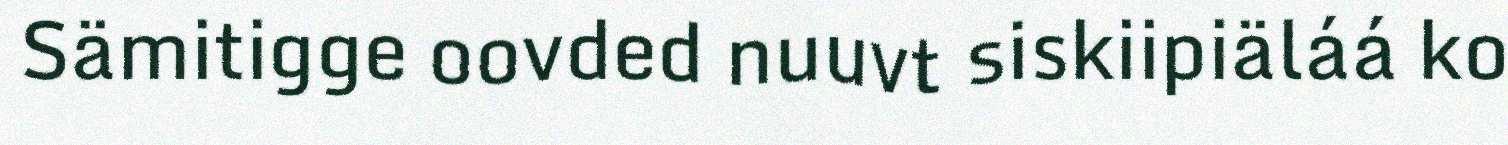
Sämitigge oovded nuuvt siskiipiäláá ko